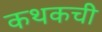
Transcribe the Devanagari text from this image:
कथकची